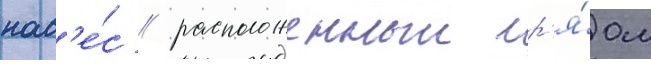
нав'е́с / расположенныи р'я́дом